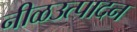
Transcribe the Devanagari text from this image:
नीळउत्पादन